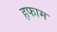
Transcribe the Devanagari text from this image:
हफाम